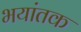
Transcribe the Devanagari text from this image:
भयांतक